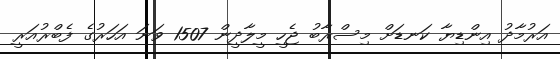
އަރުމާދު އިންޑިޔާ ކަނޑަށް މިސްރާބު ޖެހީ މީލާދީން 1507 ވަނަ އަހަރުގެ ފެބްރުއަރީ